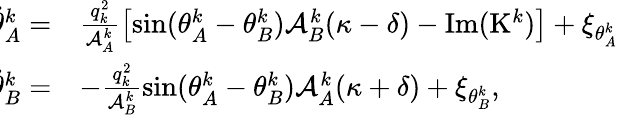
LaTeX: \begin{array}{rl}{\! \! \dot{\theta}_{A}^{k}=}&{\frac{q_{k}^{2}}{\mathcal{A}_{A}^{k}}\left[\sin(\theta_{A}^{k}-\theta_{B}^{k})\mathcal{A}_{B}^{k}(\kappa-\delta)-\mathrm{Im}(\mathrm{K}^{k})\right]+\xi_{\theta_{A}^{k}}}\\ {\! \! \dot{\theta}_{B}^{k}=}&{-\frac{q_{k}^{2}}{\mathcal{A}_{B}^{k}}\sin(\theta_{A}^{k}-\theta_{B}^{k}){\mathcal{A}_{A}^{k}(\kappa+\delta)}+\xi_{\theta_{B}^{k}},}\end{array}